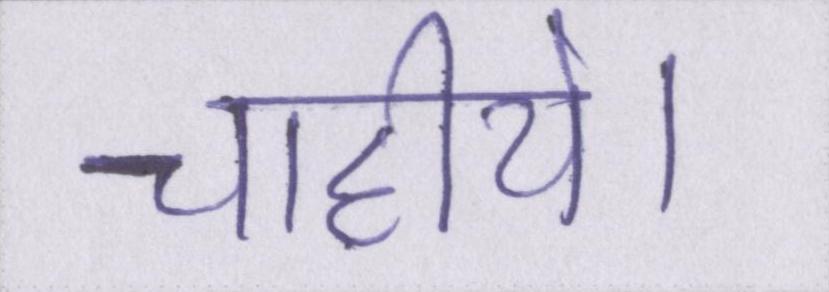
चाहीये।